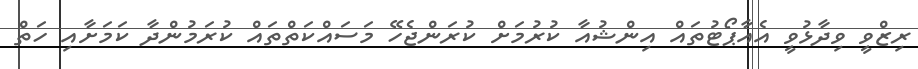
ރިޒްވީ ވިދާޅުވީ އެއާޕޯޓުތައް އިންޝުއާ ކުރުމަށް ކުރަންޖެހޭ މަސައްކަތްތައް ކުރަމުންދާ ކަމަށާއި ހަތް